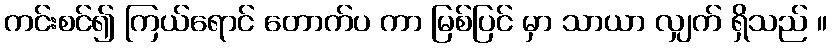
ကင်းစင်၍ ကြယ်ရောင် တောက်ပ ကာ မြစ်ပြင် မှာ သာယာ လျှက် ရှိသည် ။